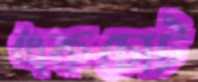
একচোট